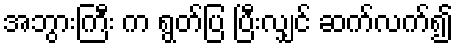
အဘွားကြီး က ရွတ်ပြ ပြီးလျှင် ဆက်လက်၍